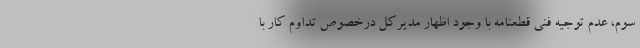
سوم، عدم توجیه فنی قطعنامه با وجود اظهار مدیرکل درخصوص تداوم کار با